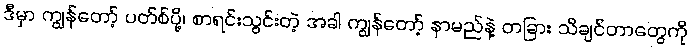
ဒီမှာ ကျွန်တော့် ပတ်စ်ပို့၊ စာရင်းသွင်းတဲ့ အခါ ကျွန်တော့် နာမည်နဲ့ တခြား သိချင်တာတွေကို